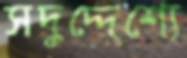
সদুদ্দেশ্যে